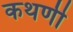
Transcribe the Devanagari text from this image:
कथणी